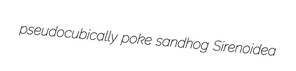
pseudocubically poke sandhog Sirenoidea